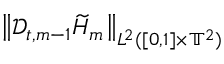
\begin{array} { r l } { \lefteqn { \bigl \| \mathscr { D } _ { t , m - 1 } \widetilde { H } _ { m } \bigr \| _ { L ^ { 2 } ( [ 0 , 1 ] \times \ensuremath { \mathbb { T } } ^ { 2 } ) } } \qquad } & { { } } \end{array}